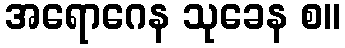
အရောဂေန သုခေန စ။